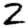
Digit: 2